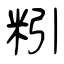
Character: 粌